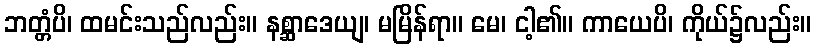
ဘတ္တံပိ၊ ထမင်းသည်လည်း။ နစ္ဆာဒေယျ၊ မမြိန်ရာ။ မေ၊ ငါ့၏။ ကာယေပိ၊ ကိုယ်၌လည်း။